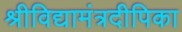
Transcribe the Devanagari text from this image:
श्रीविद्यामंत्रदीपिका